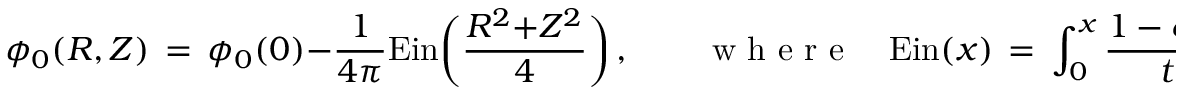
\phi _ { 0 } ( R , Z ) \, = \, \phi _ { 0 } ( 0 ) - \frac { 1 } { 4 \pi } \mathrm { E i n } \biggl ( \frac { R ^ { 2 } { + } Z ^ { 2 } } { 4 } \biggr ) \, , \qquad \mathrm { ~ w ~ h ~ e ~ r ~ e ~ } \quad \mathrm { E i n } ( x ) \, = \, \int _ { 0 } ^ { x } \frac { 1 - e ^ { - t } } { t } \, \mathrm { d } t \, ,